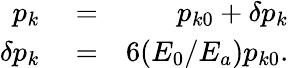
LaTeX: \begin{array}{rlr}{p_{k}}&{{}=}&{p_{k0}+\delta p_{k}}\\ {\delta p_{k}}&{{}=}&{6(E_{0}/E_{a})p_{k0}.}\end{array}